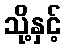
သို့နှင့်